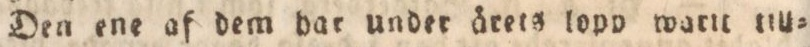
Den ene af dem har under ärets lopp warit till=